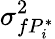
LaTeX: \sigma_{fP_{i}^{*}}^{2}